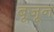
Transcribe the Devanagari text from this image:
बूजून